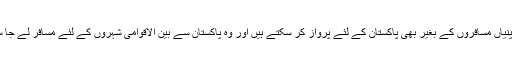
فضائی کمپنیاں مسافروں کے بغیر بھی پاکستان کے لئے پرواز کر سکتے ہیں اور وہ پاکستان سے بین الاقوامی شہروں کے لئے مسافر لے جا سکتے ہیں۔